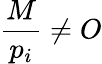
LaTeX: {\frac{M}{p_{i}}}\neq O